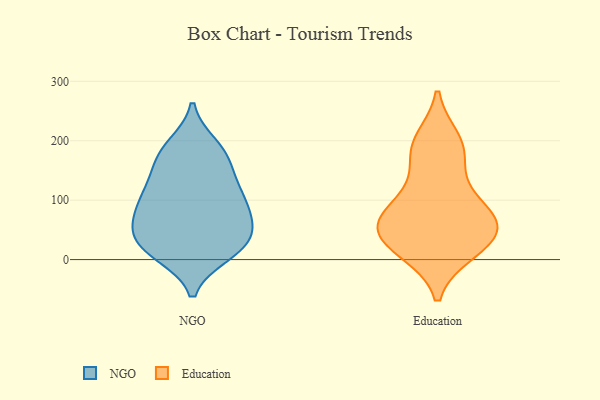
{"axis": {"x": "Net Income (USD K)", "y": "Value"}, "legend": ["Education", "NGO"], "data": [{"x": "", "y": 162, "type": "NGO"}, {"x": "", "y": 191, "type": "NGO"}, {"x": "", "y": 72, "type": "NGO"}, {"x": "", "y": 20, "type": "NGO"}, {"x": "", "y": 110, "type": "NGO"}, {"x": "", "y": 21, "type": "NGO"}, {"x": "", "y": 10, "type": "NGO"}, {"x": "", "y": 56, "type": "NGO"}, {"x": "", "y": 78, "type": "NGO"}, {"x": "", "y": 126, "type": "NGO"}, {"x": "", "y": 123, "type": "NGO"}, {"x": "", "y": 176, "type": "NGO"}, {"x": "", "y": 15, "type": "NGO"}, {"x": "", "y": 33, "type": "NGO"}, {"x": "", "y": 78, "type": "NGO"}, {"x": "", "y": 46, "type": "NGO"}, {"x": "", "y": 181, "type": "NGO"}, {"x": "", "y": 103, "type": "NGO"}, {"x": "", "y": 30, "type": "Education"}, {"x": "", "y": 16, "type": "Education"}, {"x": "", "y": 200, "type": "Education"}, {"x": "", "y": 81, "type": "Education"}, {"x": "", "y": 60, "type": "Education"}, {"x": "", "y": 127, "type": "Education"}, {"x": "", "y": 58, "type": "Education"}, {"x": "", "y": 88, "type": "Education"}, {"x": "", "y": 61, "type": "Education"}, {"x": "", "y": 14, "type": "Education"}, {"x": "", "y": 45, "type": "Education"}, {"x": "", "y": 184, "type": "Education"}, {"x": "", "y": 185, "type": "Education"}]}